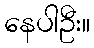
နေပါဦး။